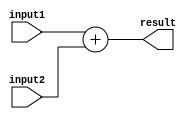
module fixed_point_adder(
    input [31:0] input1, // Fixed-point input value 1
    input [31:0] input2, // Fixed-point input value 2
    output reg [31:0] result // Fixed-point output value
);

    reg [31:0] sum; // Variable to store the sum of input values

    always @ (*) begin
        sum = input1 + input2; // Perform addition operation
        result = sum; // Assign the result to the output
    end

endmodule